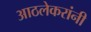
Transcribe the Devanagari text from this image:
आठलेकरांनी